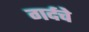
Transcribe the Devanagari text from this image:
गर्दचे